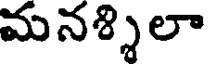
మనశ్శిలా